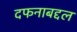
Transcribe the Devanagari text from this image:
दफनाबद्दल